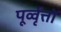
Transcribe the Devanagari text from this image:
पूर्व्वृत्तों